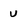
Character: u